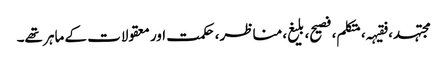
مجتہد، فقیہہ، متکلم، فصیح، بلیغ، مناظر، حکمت اور معقولات کے ماہر تھے۔